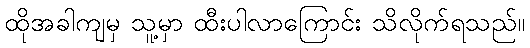
ထိုအခါကျမှ သူ့မှာ ထီးပါလာကြောင်း သိလိုက်ရသည်။